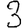
Digit: 3